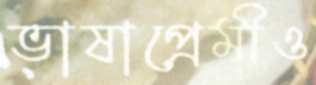
ভাষাপ্রেমীও